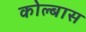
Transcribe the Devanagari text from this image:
कोल्बास